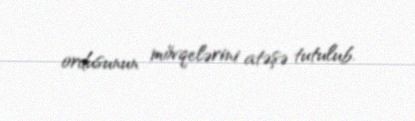
ordusunun mövqelərini atəşə tutulub.